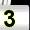
Digit: 3